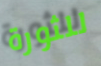
للثورة